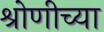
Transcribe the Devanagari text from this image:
श्रोणीच्या